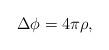
LaTeX: \begin{align*} \Delta\phi =4\pi\rho,\end{align*}